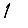
Digit: 1